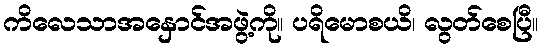
ကိလေသာအနှောင်အဖွဲ့ကို။ ပရိမောစယိ၊ လွတ်စေပြီ။